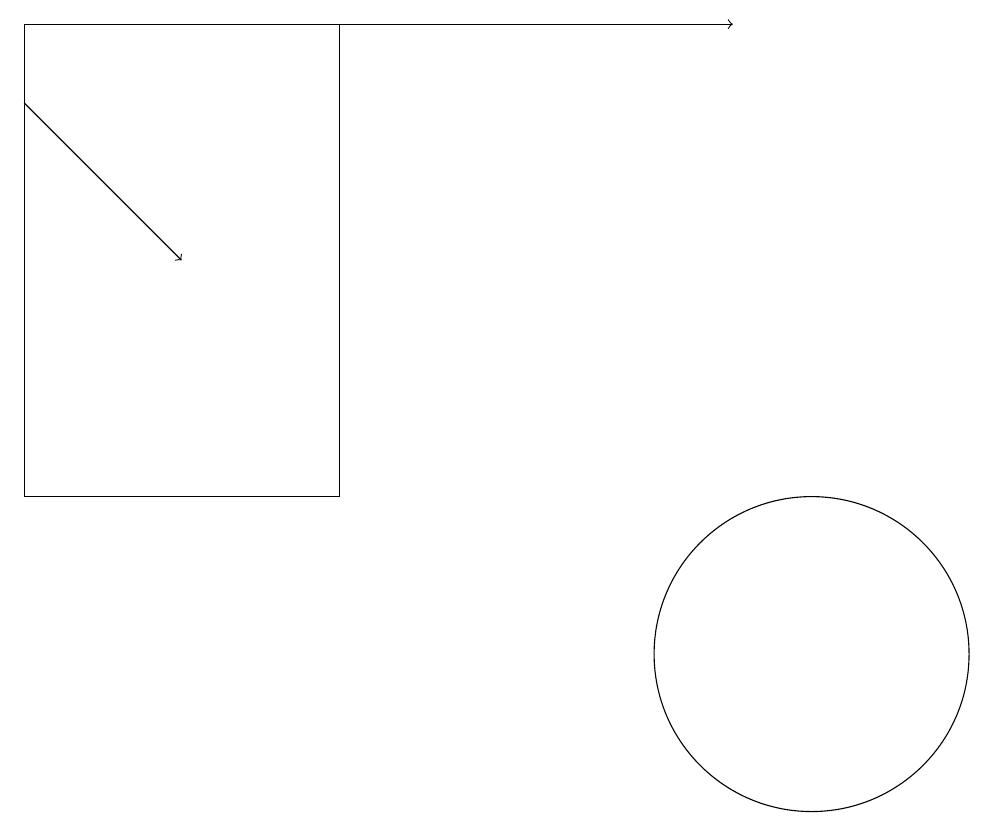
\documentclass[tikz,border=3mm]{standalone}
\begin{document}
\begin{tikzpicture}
\draw (0,19) rectangle (4,13);
\draw[->] (0,18) -- (2,16);
\draw[->] (4,19) -- (9,19);
\draw (10,11) circle (2);
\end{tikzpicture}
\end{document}